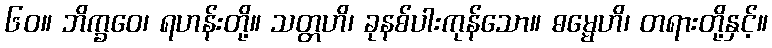
၆၀။ ဘိက္ခဝေ၊ ရဟန်းတို့။ သတ္တဟိ၊ ခုနစ်ပါးကုန်သော။ ဓမ္မေဟိ၊ တရားတို့နှင့်။